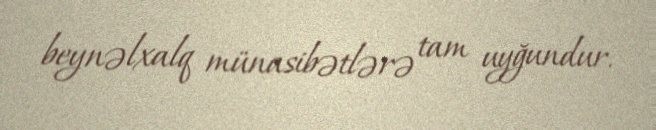
beynəlxalq münasibətlərə tam uyğundur.